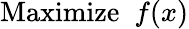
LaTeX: {\mathrm{Maximize~}}\; f(x)